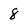
Character: 8